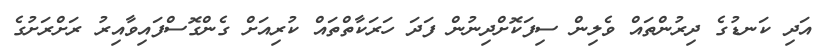
އަދި ކަނޑުގެ ދިރުންތައް ވެލިން ސިފަކޮށްދިނުން ފަދަ ހަރަކާތްތައް ކުރިއަށް ގެންގޮސްފައިވާއިރު ރަށްރަށުގެ